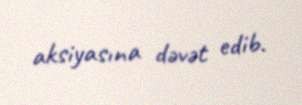
aksiyasına dəvət edib.